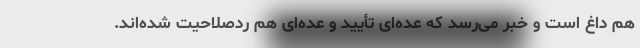
هم داغ است و خبر می‌رسد که عده‌ای تأیید و عده‌ای هم ردصلاحیت شده‌اند.